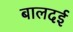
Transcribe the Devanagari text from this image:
बालदई